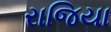
રાજિયા